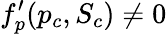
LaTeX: f_{p}^{\prime}(p_{c},S_{c})\neq 0